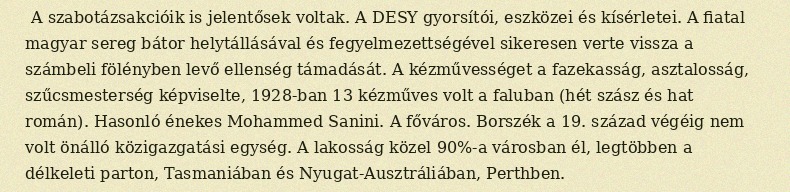
A szabotázsakcióik is jelentősek voltak. A DESY gyorsítói, eszközei és kísérletei. A fiatal magyar sereg bátor helytállásával és fegyelmezettségével sikeresen verte vissza a számbeli fölényben levő ellenség támadását. A kézművességet a fazekasság, asztalosság, szűcsmesterség képviselte, 1928-ban 13 kézműves volt a faluban (hét szász és hat román). Hasonló énekes Mohammed Sanini. A főváros. Borszék a 19. század végéig nem volt önálló közigazgatási egység. A lakosság közel 90%-a városban él, legtöbben a délkeleti parton, Tasmaniában és Nyugat-Ausztráliában, Perthben.